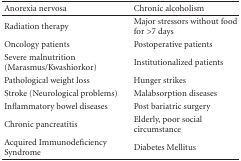
<table><thead><tr><td><b>Anorexia nervosa</b></td><td><b>Chronic alcoholism</b></td></tr></thead><tbody><tr><td>Radiation therapy</td><td>Major stressors without food for &gt;7 days</td></tr><tr><td>Oncology patients</td><td>Postoperative patients</td></tr><tr><td>Severe malnutrition (Marasmus/Kwashiorkor)</td><td>Institutionalized patients</td></tr><tr><td>Pathological weight loss</td><td>Hunger strikes</td></tr><tr><td>Stroke (Neurological problems)</td><td>Malabsorption diseases</td></tr><tr><td>Inflammatory bowel diseases</td><td>Post bariatric surgery</td></tr><tr><td>Chronic pancreatitis</td><td>Elderly, poor social circumstance</td></tr><tr><td>Acquired Immunodeficiency Syndrome</td><td>Diabetes Mellitus</td></tr></tbody></table>